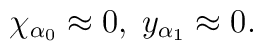
\chi _{\alpha _{0}}\approx 0,\;y_{\alpha _{1}}\approx 0.